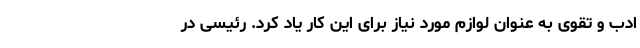
ادب و تقوی به عنوان لوازم مورد نیاز برای این کار یاد کرد. رئیسی در